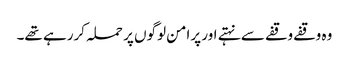
وہ وقفے وقفے سے نہتے اور پرامن لوگوں پر حملہ کررہے تھے۔